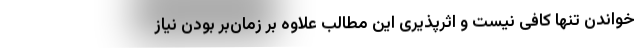
خواندن تنها کافی نیست و اثرپذیری این مطالب علاوه بر زمان‌بر بودن نیاز